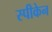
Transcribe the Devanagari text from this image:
स्पीकेन